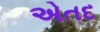
એતદ